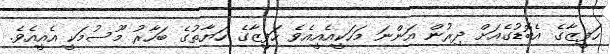
ހަފީޒާގެ އެބޮޑުގެއަށް ދިރުން އަންނަ މަހަކީއެއީއެވެ ހަފީޒާގެ ހަޔާތުގެ ބަހާރު މޫސުމަކީ އެއީއެވެ.